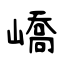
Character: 嶠